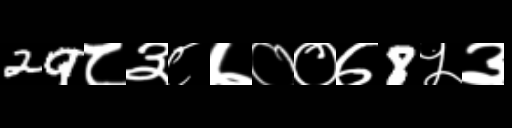
Text: 29८३८७००७8५३